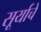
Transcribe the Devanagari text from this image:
सूर्याचें